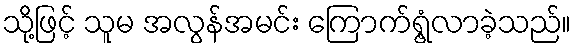
သို့ဖြင့် သူမ အလွန်အမင်း ကြောက်ရွံ့လာခဲ့သည်။